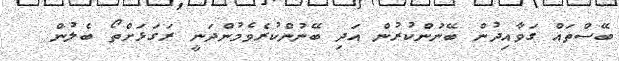
ބޭސްތައް ގަވާއިދުން ބޭނުންކުރުން އަދި ބޭނުންކުރެވެމުންދަނީ ރަގަޅަށްތޯ ބެލުން